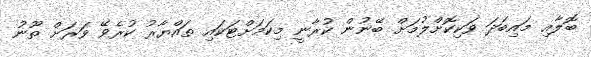
ބޮލާއި މައިބަދަ ވަކިކޮށްލުމަށް ބޭނުން ކުރާނީ މިކަމަށްޓަކައި ތައްޔާރު ކުރެވޭ ވަރަށް ތޫނު